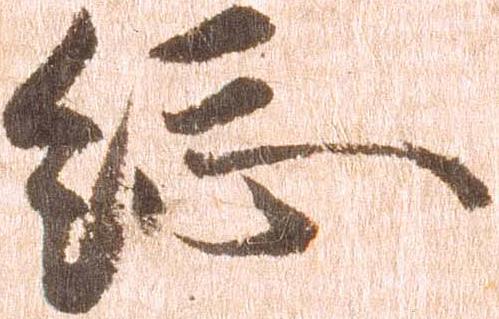
総